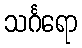
သင်္ဂရော